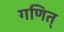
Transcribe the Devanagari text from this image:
गणित्